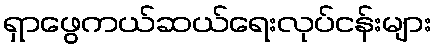
ရှာဖွေကယ်ဆယ်ရေးလုပ်ငန်းများ